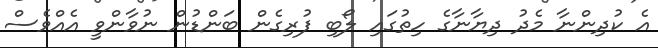
އެ ކުދިންނާ މެދު ދިޔާނާގެ ހިތުގައި ލޯބި ފުރިގެން ބަންޑުން ނުވާންވީ އެއްވެސް